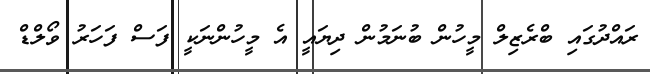
ރައްދުގައި ބްރެޒިލް މީހުން ބުނަމުން ދިޔައީ އެ މީހުންނަކީ ފަސް ފަހަރު ވޯލްޑް